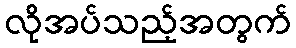
လိုအပ်သည့်အတွက်